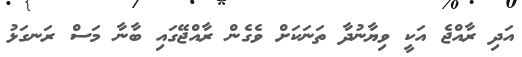
އަދި ރާއްޖެ އަކީ ވިޔާނުދާ ތަނަކަށް ވެގެން ރާއްޖޭގައި ބާނާ މަސް ރަނގަޅު